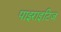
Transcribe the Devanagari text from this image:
पाइराइटिज